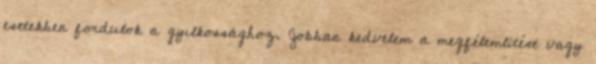
esetekben fordulok a gyilkossághoz. Jobban kedvelem a megfélemlítést vagy